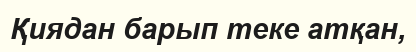
Қиядан барып теке атқан,